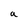
Character: a